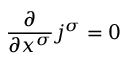
{ \frac { \partial } { \partial x ^ { \sigma } } } j ^ { \sigma } = 0